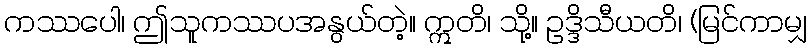
ကဿပေါ၊ ဤသူကဿပအနွယ်တဲ့။ ဣတိ၊ သို့။ ဥဒ္ဒိသီယတိ၊ (မြင်ကာမျှ